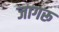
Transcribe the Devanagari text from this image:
जागरू